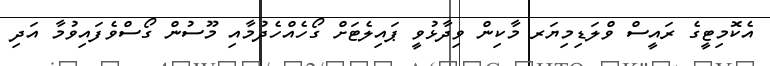
އެކޮމިޓީގެ ރައީސް ވްލަޑިމިޔަރ މާކިން ވިދާޅުވީ ޕައިލެޓަށް ގޯހެއްހެދުމާއި މޫސުން ގޯސްވެފައިވުމާ އަދި